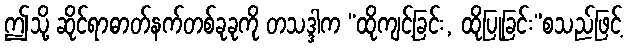
ဤသို့ ဆိုင်ရာဓာတ်နက်တစ်ခုခုကို တသဒ္ဒါက “ထိုကျင့်ခြင်း, ထိုပြုခြင်း”စသည်ဖြင့်